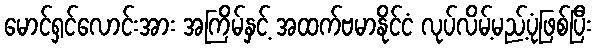
မောင်ရှင်လောင်းအား အကြိမ်နှင့် အထက်ဗမာနိုင်ငံ လုပ်လိမ့်မည့်ပုံဖြစ်ပြီး